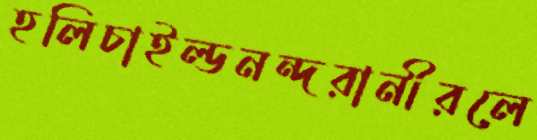
হলিচাইল্ডনন্দরানীরলে